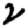
Digit: 2